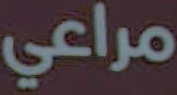
مراعي